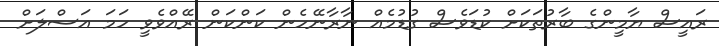
ރައީސް ޔާމީންގެ ބާރުތަކަށް ކުޑަވެސް ގުޑުމެއް ނާރާނޭހެން ކަންކަން ރޭއްވެވީ ހަމަ އަސްލަށް